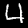
Label: 4